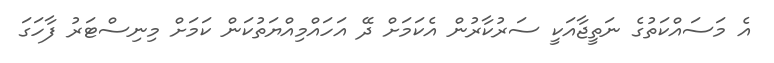
އެ މަސައްކަތުގެ ނަތީޖާއަކީ ސަރުކާރުން އެކަމަށް ދޭ އަހައްމިއްޔަތުކަން ކަމަށް މިނިސްޓަރު ފާހަގަ